Annual report of the Civil Veterinary Department, Bengal, for the year 1895-96 - 1895-1896
Year: 1895
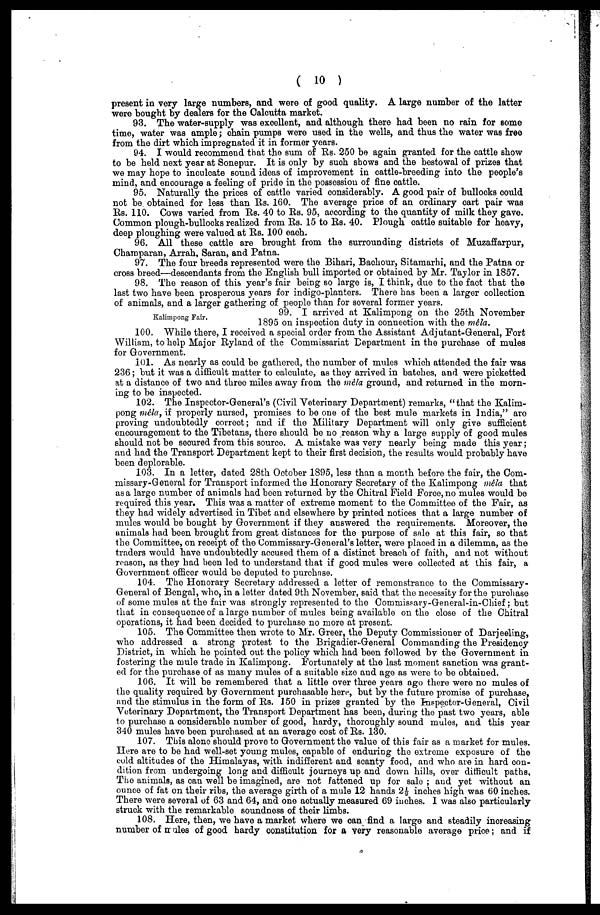
(10)
present in very large numbers, and were of good quality. A large number of the latter
were bought by dealers for the Calcutta market.
93. The water-supply was excellent, and although there had been no rain for some
time, water was ample; chain pumps were used in the wells, and thus the water was free
from the dirt which impregnated it in former years.
94. I would reoommend that the sum of Rs. 250 be again granted for the cattle show
to be held next year at Sonepur. It is only by such shows and the bestowal of prizes that
we may hope to inculcate sound ideas of improvement in cattle-breeding into the people's
mind, and encourage a feeling of pride in the possession of fine cattle.
95. Naturally the prices of cattle varied considerably. A good pair of bullooks could
not be obtained for less than Rs. 160. The average price of an ordinary cart pair was
Rs. 110. Cows varied from Rs. 40 to Rs. 95, according to the quantity of milk they gave.
Common plough-bullooks realized from Rs. 15 to Rs. 40. Plough cattle suitable for heavy,
deep ploughing were valued at Rs. 100 each.
96. All these cattle are brought from the surrounding districts of Muzaffarpur,
Champaran, Arrah, Saran, and Patna.
97. The four breeds represented were the Bihari, Bachour, Sitamarhi, and the Patna or
cross breed—descendants from the English bull imported or obtained by Mr. Taylor in 1857.
98. The reason of this year's fair being so large is, I think, due to the fact that the
last two have been prosperous years for indigo-planters. There has been a larger collection
of animals, and a larger gathering of people than for several former years.
Kalimpong Fair.
99. l arrived at Kalimpong on the 25th November
1895 on inspection duty in connection with the mêla.
100. While there, I received a special order from the Assistant Adjutant-General, Fort
William, to help Major Ryland of the Commissariat Department in the purchase of mules
for Government.
101. As nearly as could be gathered, the number of mules which attended the fair was
236; but it was a difficult matter to calculate, as they arrived in batches, and were picketted
at a distance of two and three miles away from the mêla ground, and returned in the morn-
ing to be inspected.
102. The Inspector-General's (Civil Veterinary Department) remarks, "that the Kalim-
pong mêla, if properly nursed, promises to be one of the best mule markets in India," are
proving undoubtedly correct; and if the Military Department will only give sufficient
encouragement to the Tibetans, there should be no reason why a large supply of good mules
should not be secured from this source. A mistake was very nearly being made this year;
and had the Transport Department kept to their first decision, the results would probably have
been deplorable.
103. In a letter, dated 28th October 1895, less than a month before the fair, the Com-
missary-General for Transport informed the Honorary Secretary of the Kalimpong mêla that
as a large number of animals had been returned by the Chitral Field Foroe,no mules would be
required this year. This was a matter of extreme moment to the Committee of the Fair, as
they had widely advertised in Tibet and elsewhere by printed notices that a large number of
mules would be bought by Government if they answered the requirements. Moreover, the
animals had been brought from great distances for the purpose of sale at this fair, so that
the Committee, on receipt of the Commissary-General's letter, were placed in a dilemma, as the
traders would have undoubtedly accused them of a distinct breach of faith, and not without
reason, as they had been led to understand that if good mules were collected at this fair, a
Government officer would be deputed to purchase.
104. The Honorary Secretary addressed a letter of remonstrance to the Commissary-
General of Bengal, who, in a letter dated 9th November, said that the necessity for the purchase
of some mules at the fair was strongly represented to the Commissary-General-in-Chief; but
that in consequence of a large number of mules being available on the close of the Chitral
operations, it had been decided to purchase no more at present.
105. The Committee then wrote to Mr. Greer, the Deputy Commissioner of Darjeeling,
who addressed a strong protest to the Brigadier-General Commanding the Presidency
District, in which he pointed out the policy which had been followed by the Government in
fostering the mule trade in Kalimpong. Fortunately at the last moment sanction was grant-
ed for the purchase of as many mules of a suitable size and age as were to be obtained.
106. It will be remembered that a little over three years ago there were no mules of
the quality required by Government purchasable here, but by the future promise of purchase,
and the stimulus in the form of Rs. 150 in prizes granted by the Inspector-General, Civil
Veterinary Department, the Transport Department has been, during the past two years, able
to purchase a considerable number of good, hardy, thoroughly sound mules, and this year
340 mules have been purchased at an average cost of Rs. 130.
107. This alone should prove to Government the value of this fair as a market for mules.
Here are to be had well-set young mules, capable of enduring the extreme exposure of the
cold altitudes of the Himalayas, with indifferent and scanty food, and who are in hard con-
dition from undergoing long and difficult journeys up and down hills, over difficult paths.
The animals, as can well be imagined, are not fattened up for sale ; and yet without an
ounce of fat on their ribs, the average girth of a mule 12 hands 2 1/2 inches high was 60 inches.
There were several of 63 and 64, and one actually measured 69 inches. I was also particularly
struck with the remarkable soundness of their limbs.
108. Here, then, we have a market where we can find a large and steadily increasing
number of mules of good hardy constitution for a very reasonable average price; and if